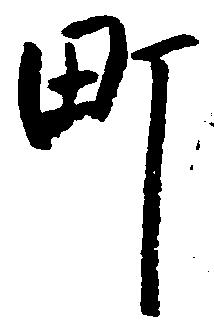
町